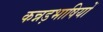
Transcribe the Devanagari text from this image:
कन्नड़भाषियों